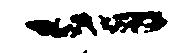
一